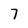
Character: 7